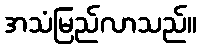
အသံမြည်လာသည်။